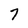
Character: 7